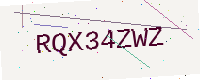
Text: RQX34ZWZ